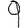
Digit: 9